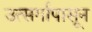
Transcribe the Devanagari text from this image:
उत्सर्गापासून